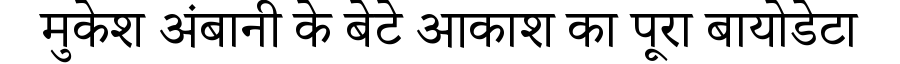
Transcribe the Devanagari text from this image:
मुकेश अंबानी के बेटे आकाश का पूरा बायोडेटा